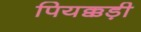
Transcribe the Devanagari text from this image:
पियक्कड़ी